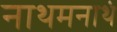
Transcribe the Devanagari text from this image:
नाथमनाथं